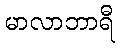
မာလာဘာရီ